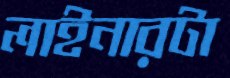
লাইনারটা